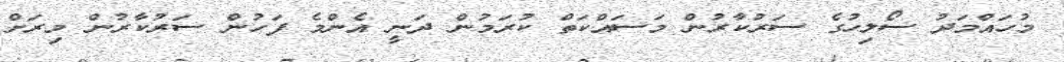
މުހައްމަދު ސޯލިހުގެ ސަރުކާރުން މަސައްކަތް ކުރަމުން ދަނީ އެންމެ ފަހުން ސަރުކާރުން މިރަށް